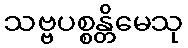
သဗ္ဗပစ္စန္တိမေသု